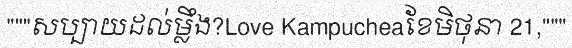
"""សប្បាយដល់ម្លឹង?Love Kampucheaខែមិថុនា 21,"""